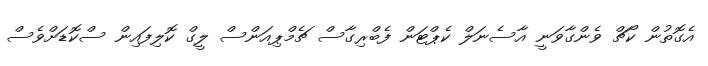
އެގޮތުން ކޯޗް ވެންގާވަނީ އާސެނަލް ކެޕްޓަން ފެބްރިގާސް ޗެމްޕިއަންސް ލީގް ކޮލިފައިން ސްކޮޑަށްވެސް